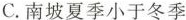
C.南坡夏季小于冬季